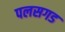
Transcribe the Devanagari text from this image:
पलसगड